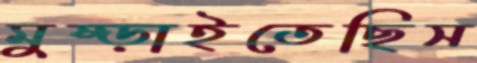
মুষ্‌ড়াইতেছিস